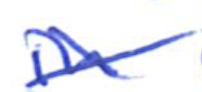
Text: in
Cross-out: mix
Writing tool: ballpoint